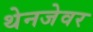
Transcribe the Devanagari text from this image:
थेनजेवर